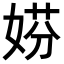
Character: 𡝱